Leaving Certificate Examination, 1915
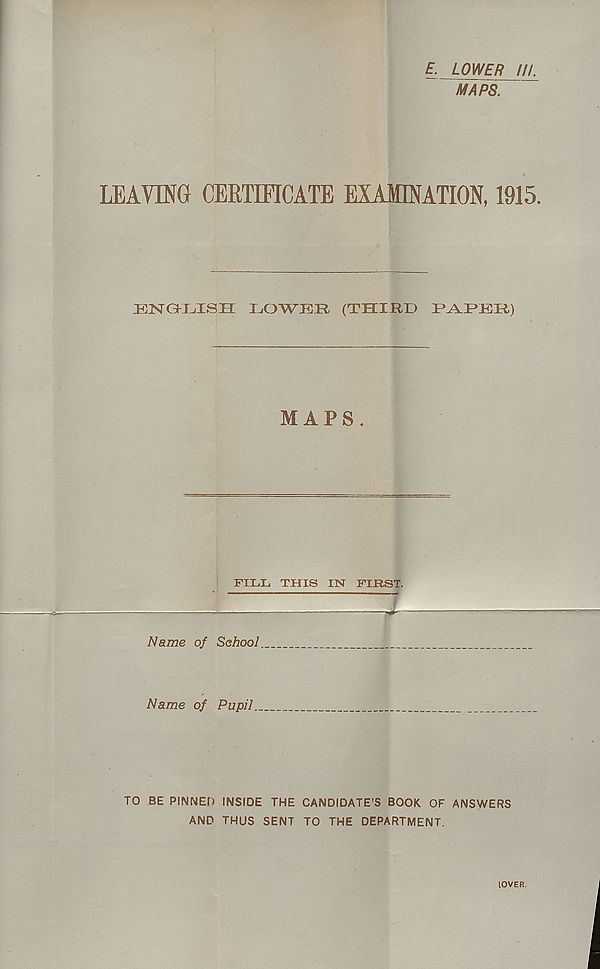
E. LOWER III.
MAPS.
LEAVING CERTIFICATE EXAMINATION, 1915.
ENGXiISH IXJWPIR (THIRD I^YPKR,)
MAPS.
FILL THIS IN FIRST.
J
Name of School
Name of Pupil
TO BE PINNED INSIDE THE CANDIDATE’S BOOK OF ANSWERS
AND THUS SENT TO THE DEPARTMENT.
IOVER.